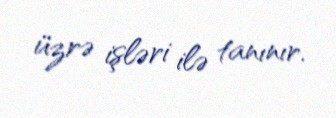
üzrə işləri ilə tanınır.